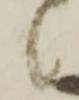
候